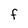
Character: F